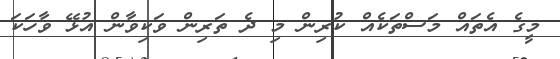
މީގެ އެތައް މަސްތަކެއް ކުރިން މި ދެ ތަރިން ވަކިވާން އުޅޭ ވާހަކަ